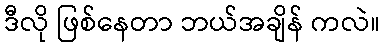
ဒီလို ဖြစ်နေတာ ဘယ်အချိန် ကလဲ။